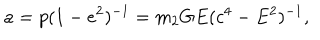
a = p ( 1 - e ^ { 2 } ) ^ { - 1 } = m _ { 2 } G E ( c ^ { 4 } - E ^ { 2 } ) ^ { - 1 } ,